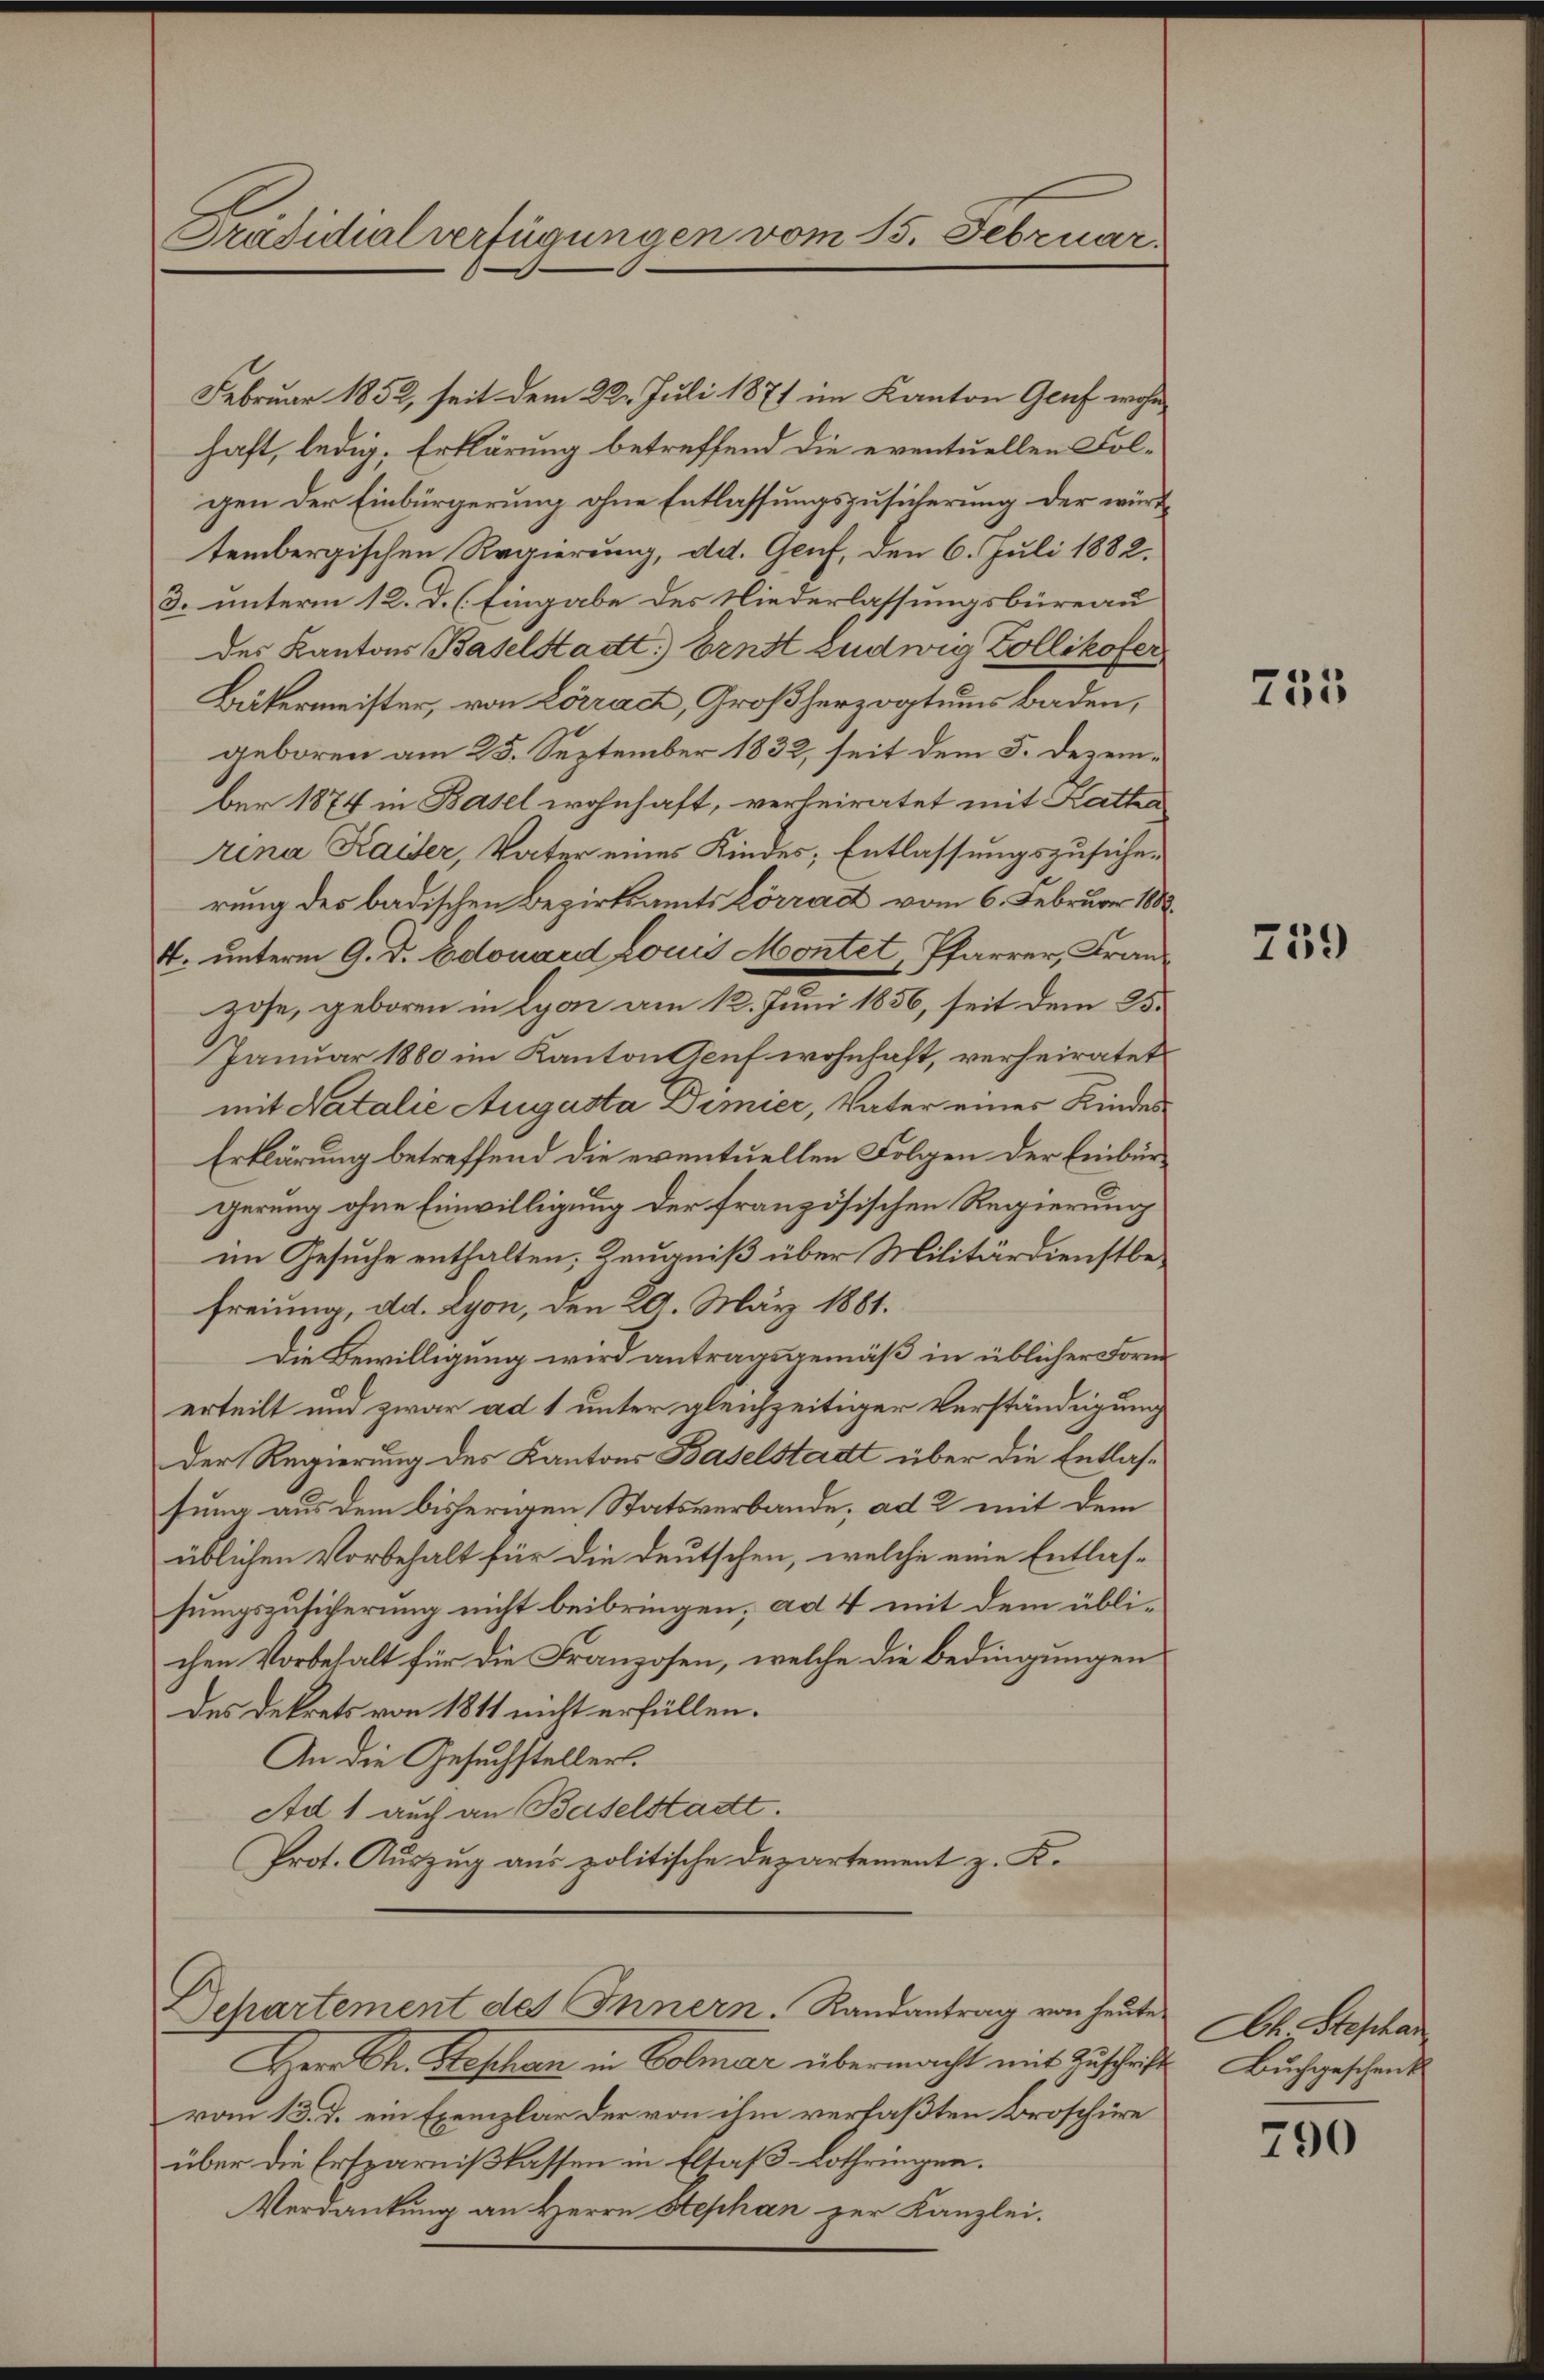
Präsidialverfügungen vom 15. Februar.

Februar 1852, seit dem 22. Juli 1871 im Kanton Genf wohn
haft, ledig, Erklärung betreffend die eventuellen Folgen der Einbürgerung ohne Entlassungszusicherung der würdtembergischen Regierung, da. Genf, den 6. Juli 1882.
3. unterm 12. d. h. Eingabe des Niederlassungsbüreau
des Kantons Baselstadt) Ernst Ludwig Zollikofer
Bäkermeister, von Lörrach, Großherzogtums Baden,
geboren am 25. September 1832, seit dem 5. Dezember 1874 in Basel wohnhaft, verheiratet mit Katha
rena Kaiser, Vater eines Kindes; Entlassungszusicherung des badischen Bezirksamts Lörract vom 6. Februar 1888.
4. unterm 9. D. Edouard Louis Montet, Pfarrer, Franhose, geboren in Lyon am 12. Juni 1856, seit dem 25.
Januar 1880 im Kanton Steif wohnhaft, verheiratet
mit Natalie Augusta Dimier, Vater einer Kindes¬
Erklärung betreffend die eventuellen Folgen der Einbürgerung ohne Einwilligung der französischen Regierung
im Gesuche enthalten, Zeugniß über Militärdienstbefreiung, dd. Lyon, den 20. März 1881.
Die Bewilligung wird antragsgemäß in üblicher Forme
erteilt und zwar ad 1 unter gleichzeitiger Verständigung
Der Regierung des Kantons Baselstadt über die Entlassung aus dem bisherigen Statsverbande; ad 2 mit dem
üblichen Vorbehalt für die deutschen, welche eine Entlas-
sungszusicherung nicht beibringen; ad 4 mit dem üblichen Vorbehalt für die Franzosen, welche die Bedingungen
des Dekrets von 1811 nicht erfüllen.
An die Gesuchsteller.
Ad 1 auch an Baselstadtt.
Prot. Auszug aus politische Departement z. K.
Departement des Innern. Randantrag von heute
Herr Ch. Beschen in Colmar übermacht mit Zuschrift Buchgeschenk
vom 13. d. ein Exemplar der von ihm verfaßten Broschüre
über die Ersparnißlassen in Elsaß-Lothringen.
Verdankung an Herrn Stephan zur Kanzlei.

715

259

Ch. Stephan

790